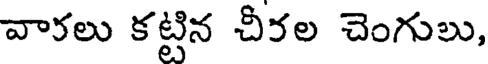
వారలు కట్టిన చీరల చెంగులు,